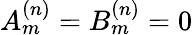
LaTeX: A_{m}^{(n)}=B_{m}^{(n)}=0